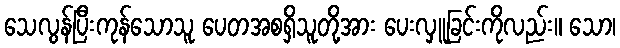
သေလွန်ပြီးကုန်သောသူ ပေတအစရှိသူတို့အား ပေးလှူခြင်းကိုလည်း။ သော၊